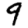
Digit: 9